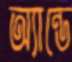
অ্যান্ডে